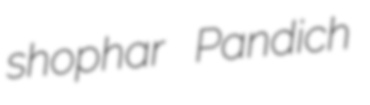
shophar Pandich